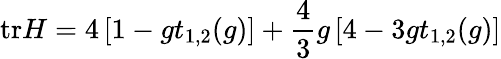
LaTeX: \mathrm{tr}H=4\left[1-gt_{1,2}(g)\right]+\frac{4}{3}g\left[4-3gt_{1,2}(g)\right]